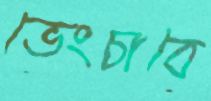
ভেংচাবে